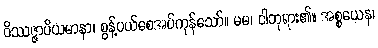
ဝိဿဇ္ဇာပိယမာနာ၊ စွန့်ပယ်စေအပ်ကုန်သော်။ မမ၊ ငါဘုရား၏။ အစ္စယေန၊